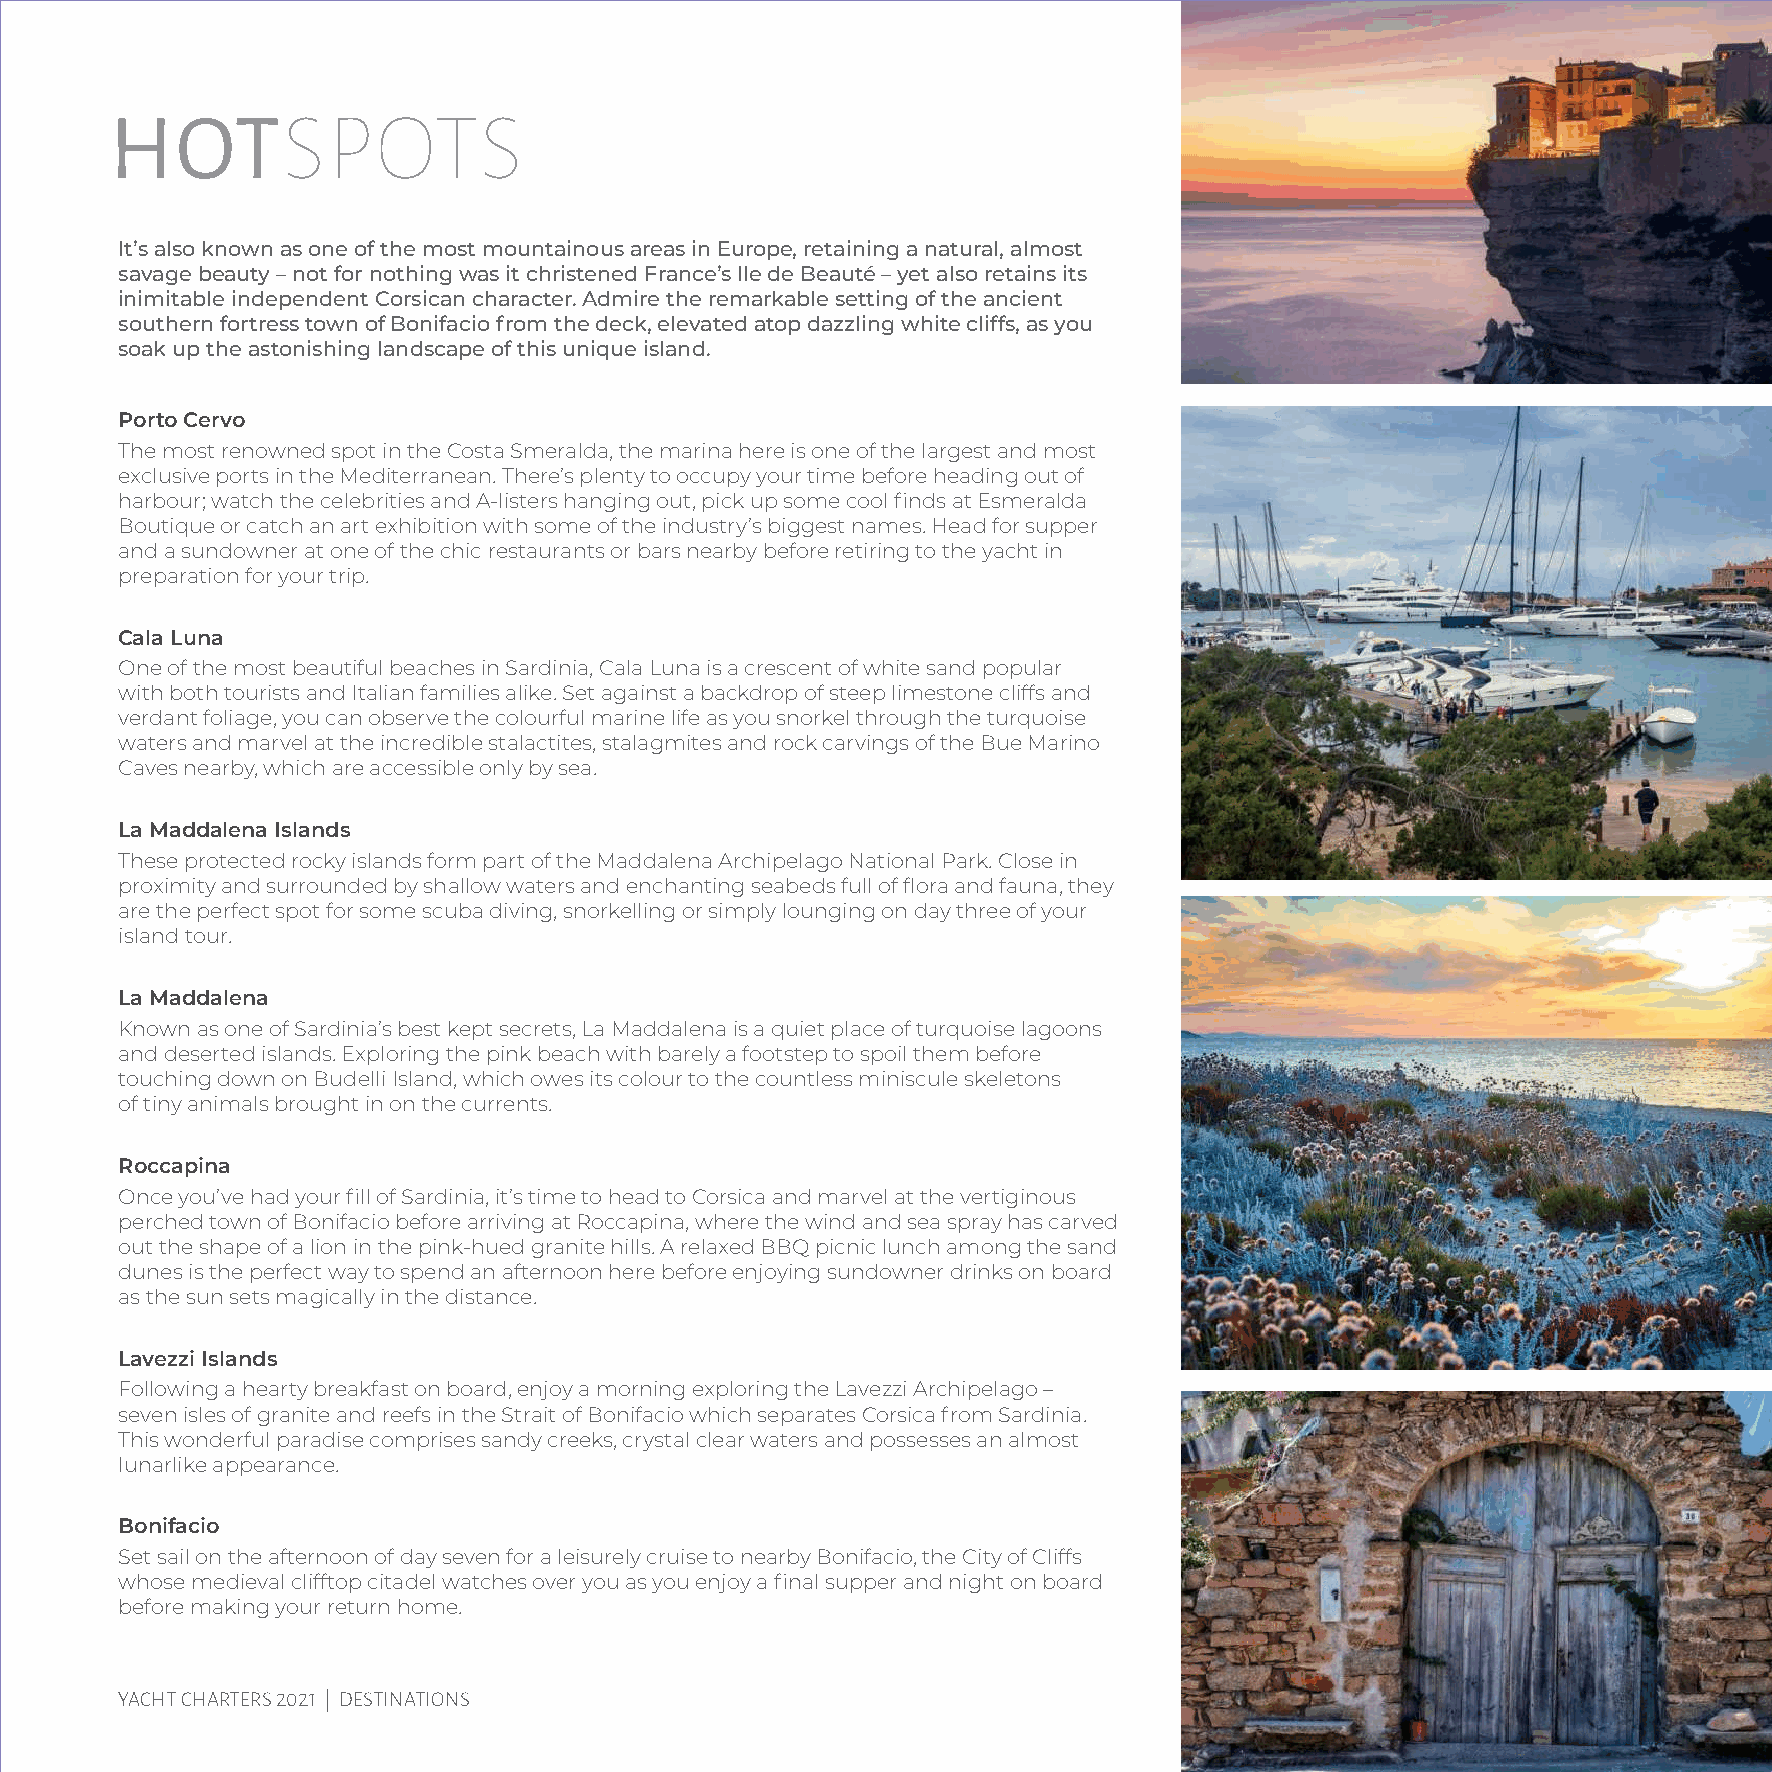
HOTSPOTS
 It’s also known as one of the most mountainous areas in Europe, retaining a natural, almost
 savage beauty – not for nothing was it christened France’s Ile de Beauté – yet also retains its
 inimitable independent Corsican character. Admire the remarkable setting of the ancient
 southern fortress town of Bonifacio from the deck, elevated atop dazzling white cliffs, as you
 soak up the astonishing landscape of this unique island.
 Porto Cervo
 The most renowned spot in the Costa Smeralda, the marina here is one of the largest and most
 exclusive ports in the Mediterranean. There’s plenty to occupy your time before heading out of
 harbour; watch the celebrities and A-listers hanging out, pick up some cool finds at Esmeralda
 Boutique or catch an art exhibition with some of the industry’s biggest names. Head for supper
 and a sundowner at one of the chic restaurants or bars nearby before retiring to the yacht in
 preparation for your trip.
 Cala Luna
 One of the most beautiful beaches in Sardinia, Cala Luna is a crescent of white sand popular
 with both tourists and Italian families alike. Set against a backdrop of steep limestone cliffs and
 verdant foliage, you can observe the colourful marine life as you snorkel through the turquoise
 waters and marvel at the incredible stalactites, stalagmites and rock carvings of the Bue Marino
 Caves nearby, which are accessible only by sea.
 La Maddalena Islands
 These protected rocky islands form part of the Maddalena Archipelago National Park. Close in
 proximity and surrounded by shallow waters and enchanting seabeds full of flora and fauna, they
 are the perfect spot for some scuba diving, snorkelling or simply lounging on day three of your
 island tour.
 La Maddalena
 Known as one of Sardinia’s best kept secrets, La Maddalena is a quiet place of turquoise lagoons
 and deserted islands. Exploring the pink beach with barely a footstep to spoil them before
 touching down on Budelli Island, which owes its colour to the countless miniscule skeletons
 of tiny animals brought in on the currents.
 Roccapina
 Once you’ve had your fill of Sardinia, it’s time to head to Corsica and marvel at the vertiginous
 perched town of Bonifacio before arriving at Roccapina, where the wind and sea spray has carved
 out the shape of a lion in the pink-hued granite hills. A relaxed BBQ picnic lunch among the sand
 dunes is the perfect way to spend an afternoon here before enjoying sundowner drinks on board
 as the sun sets magically in the distance.
 Lavezzi Islands
 Following a hearty breakfast on board, enjoy a morning exploring the Lavezzi Archipelago –
 seven isles of granite and reefs in the Strait of Bonifacio which separates Corsica from Sardinia.
 This wonderful paradise comprises sandy creeks, crystal clear waters and possesses an almost
 lunarlike appearance.
 Bonifacio
 Set sail on the afternoon of day seven for a leisurely cruise to nearby Bonifacio, the City of Cliffs
 whose medieval clifftop citadel watches over you as you enjoy a final supper and night on board
 before making your return home.
 35
 YACHT CHARTERS 2021 | DESTINATIONS